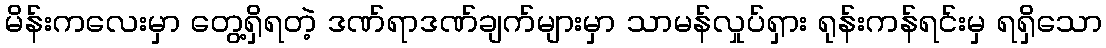
မိန်းကလေးမှာ တွေ့ရှိရတဲ့ ဒဏ်ရာဒဏ်ချက်များမှာ သာမန်လှုပ်ရှား ရုန်းကန်ရင်းမှ ရရှိသော